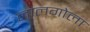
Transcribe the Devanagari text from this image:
लालगोला